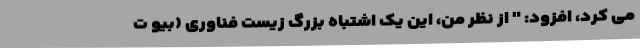
می کرد، افزود: " از نظر من، این یک اشتباه بزرگ زیست فناوری (بیو ت